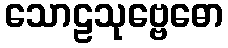
သောဠသုဗ္ဗေဓော